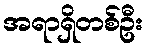
အရာရှိတစ်ဦး